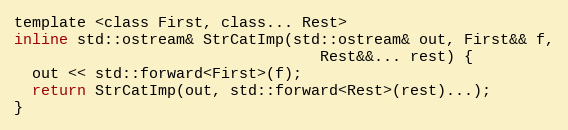
Language: C
template <class First, class... Rest>
inline std::ostream& StrCatImp(std::ostream& out, First&& f,
                                  Rest&&... rest) {
  out << std::forward<First>(f);
  return StrCatImp(out, std::forward<Rest>(rest)...);
}